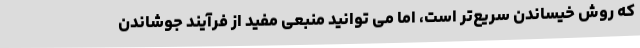
که روش خیساندن سریع‌تر است، اما می توانید منبعی مفید از فرآیند جوشاندن